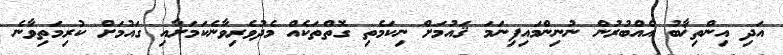
އަދި އިންތިޚާބު އެއްބުރުން ނުނިންމައިފިނަމަ ޤައުމަށް ނިކަމެތި ގޮތްތަކެއް މެދުވެރިވާނެކަމަށާއި ގައުމަށް ކުރިމަތިވާނެ